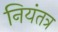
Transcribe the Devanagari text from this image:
नियंतत्र